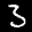
Label: 3